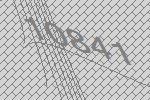
10841